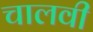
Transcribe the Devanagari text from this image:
चालवी